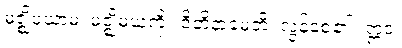
မဇ္ဈိမယာမံ၊ မဇ္ဈိမယံကို။ ဝိတိနာမေတိ၊ လွန်စေ၏။ ဣဒံ၊